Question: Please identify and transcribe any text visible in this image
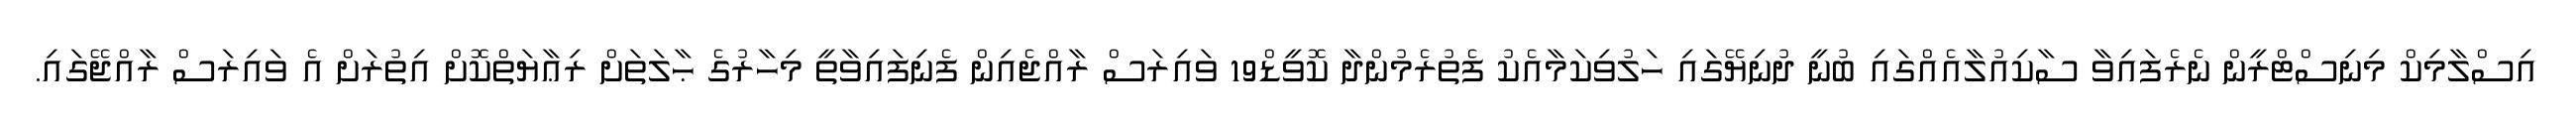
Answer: އިސްލާމިކް މިނިސްޓްރީން ނެރެފައިވާ ސާކިއުލާއެއްގައި ބުނީ ދުނިޔޭގައި ހަލުވިކަމާއެކު ފެތުރެމުންދާ ކޮވީޑް19 ވައިރަސް ރާއްޖެއިން ފެނިފައިވާތީ މިހާރުގެ ޙާލަތަށް ރިޢާޔަތްކޮށް އިތުރަށް އެ ވައިރަސް ރާއްޖޭގައި.